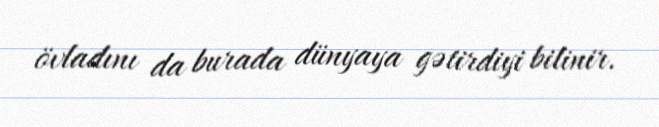
övladını da burada dünyaya gətirdiyi bilinir.